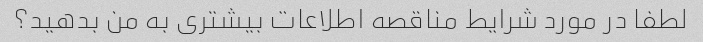
لطفا در مورد شرایط مناقصه اطلاعات بیشتری به من بدهید؟